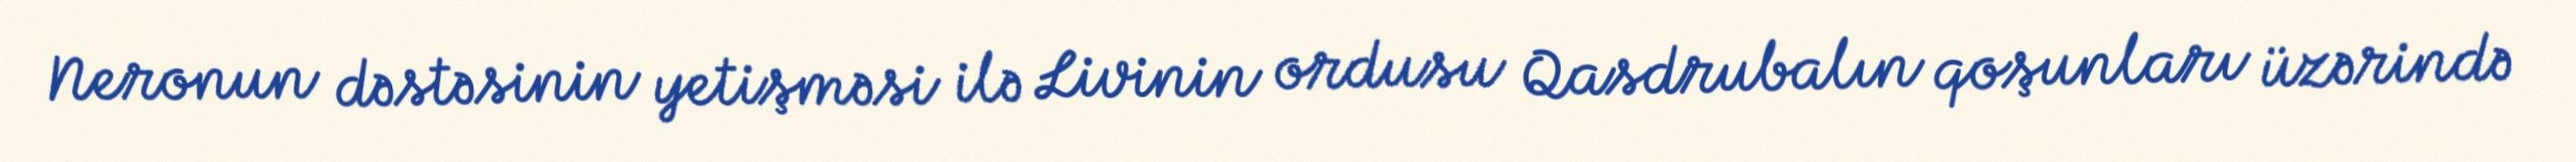
Neronun dəstəsinin yetişməsi ilə Livinin ordusu Qasdrubalın qoşunları üzərində